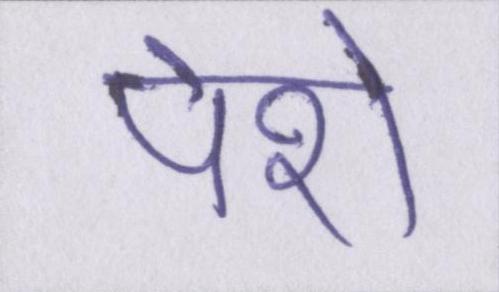
पेशे